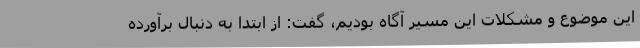
این موضوع و مشکلات این مسیر آگاه بودیم، گفت: از ابتدا به دنبال برآورده